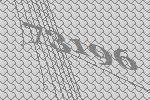
73196